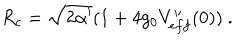
R _ { c } = \sqrt { 2 \alpha ^ { \prime } } ( 1 + 4 g _ { 0 } V _ { e f f } ^ { \prime \prime } ( 0 ) ) \ .